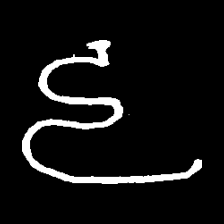
Pyu character \u2014 Myanmar letter: ဠ (romanized: lla)